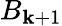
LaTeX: B_{\mathbf{k}+1}